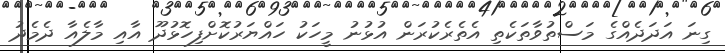
ގިނަ އަދަދެއްގެ މަސްތުވާތަކެތި އެތެރެކުރަން އުޅުނު މީހަކު ހައްޔަރުކޮށްފިހޮޅުދޫ އާއި މާލެއާ ދެމެދު